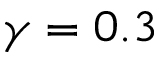
\gamma = 0 . 3